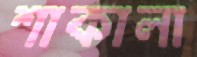
শাকালা